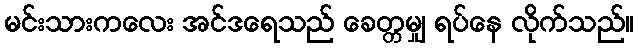
မင်းသားကလေး အင်ဒရေသည် ခေတ္တမျှ ရပ်နေ လိုက်သည်။